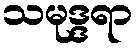
သမုဒ္ဒရာ